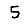
Digit: 5